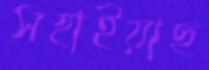
সহাইয়াছ